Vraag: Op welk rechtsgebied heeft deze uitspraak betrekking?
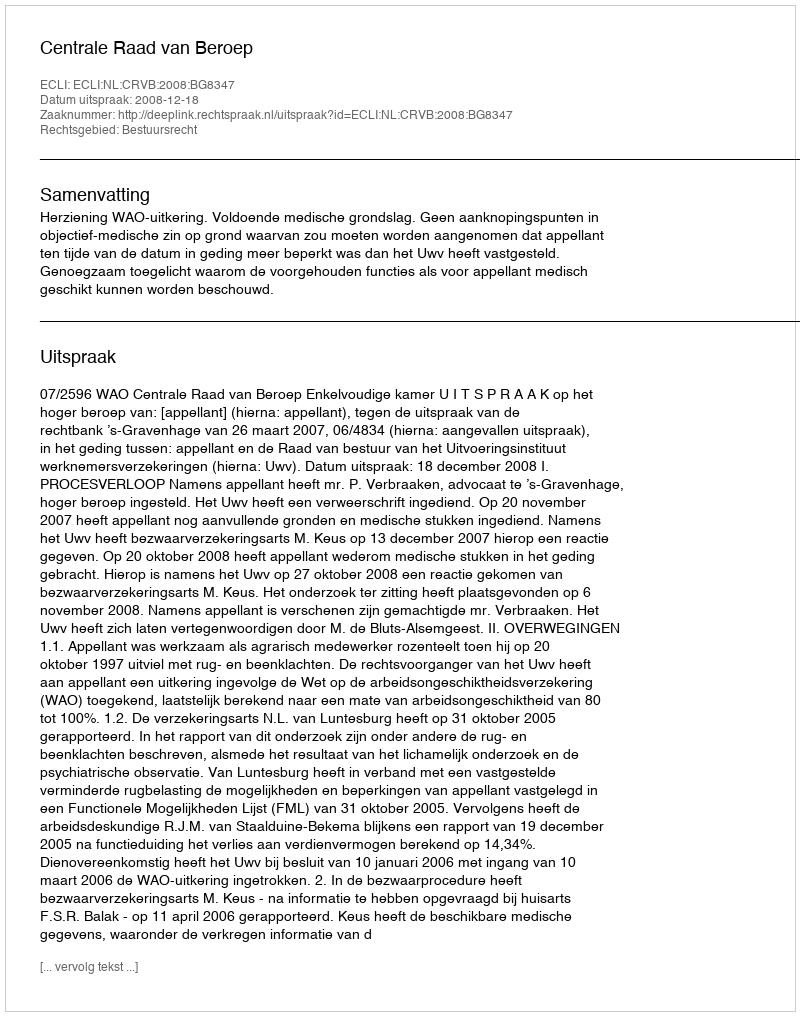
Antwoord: Bestuursrecht